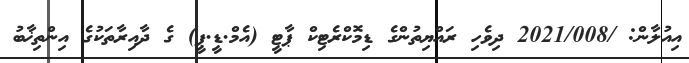
އިއުލާން: /2021/008 ދިވެހި ރައްޔިތުންގެ ޑިމޮކްރެޓިކް ޕާޓީ (އެމް.ޑީ.ޕީ) ގެ ދާއިރާތަކުގެ އިންތިޚާބު